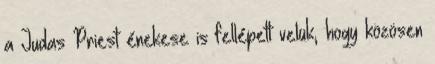
a Judas Priest énekese is fellépett velük, hogy közösen